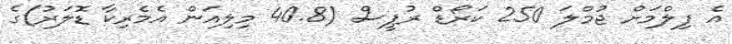
އެ ފިލްމަށް ޖުމްލަ 250 ކަރޯޑް ރުޕީސް (40.8 މިލިއަން އެމެރިކާ ޑޮލަރު)ގެ